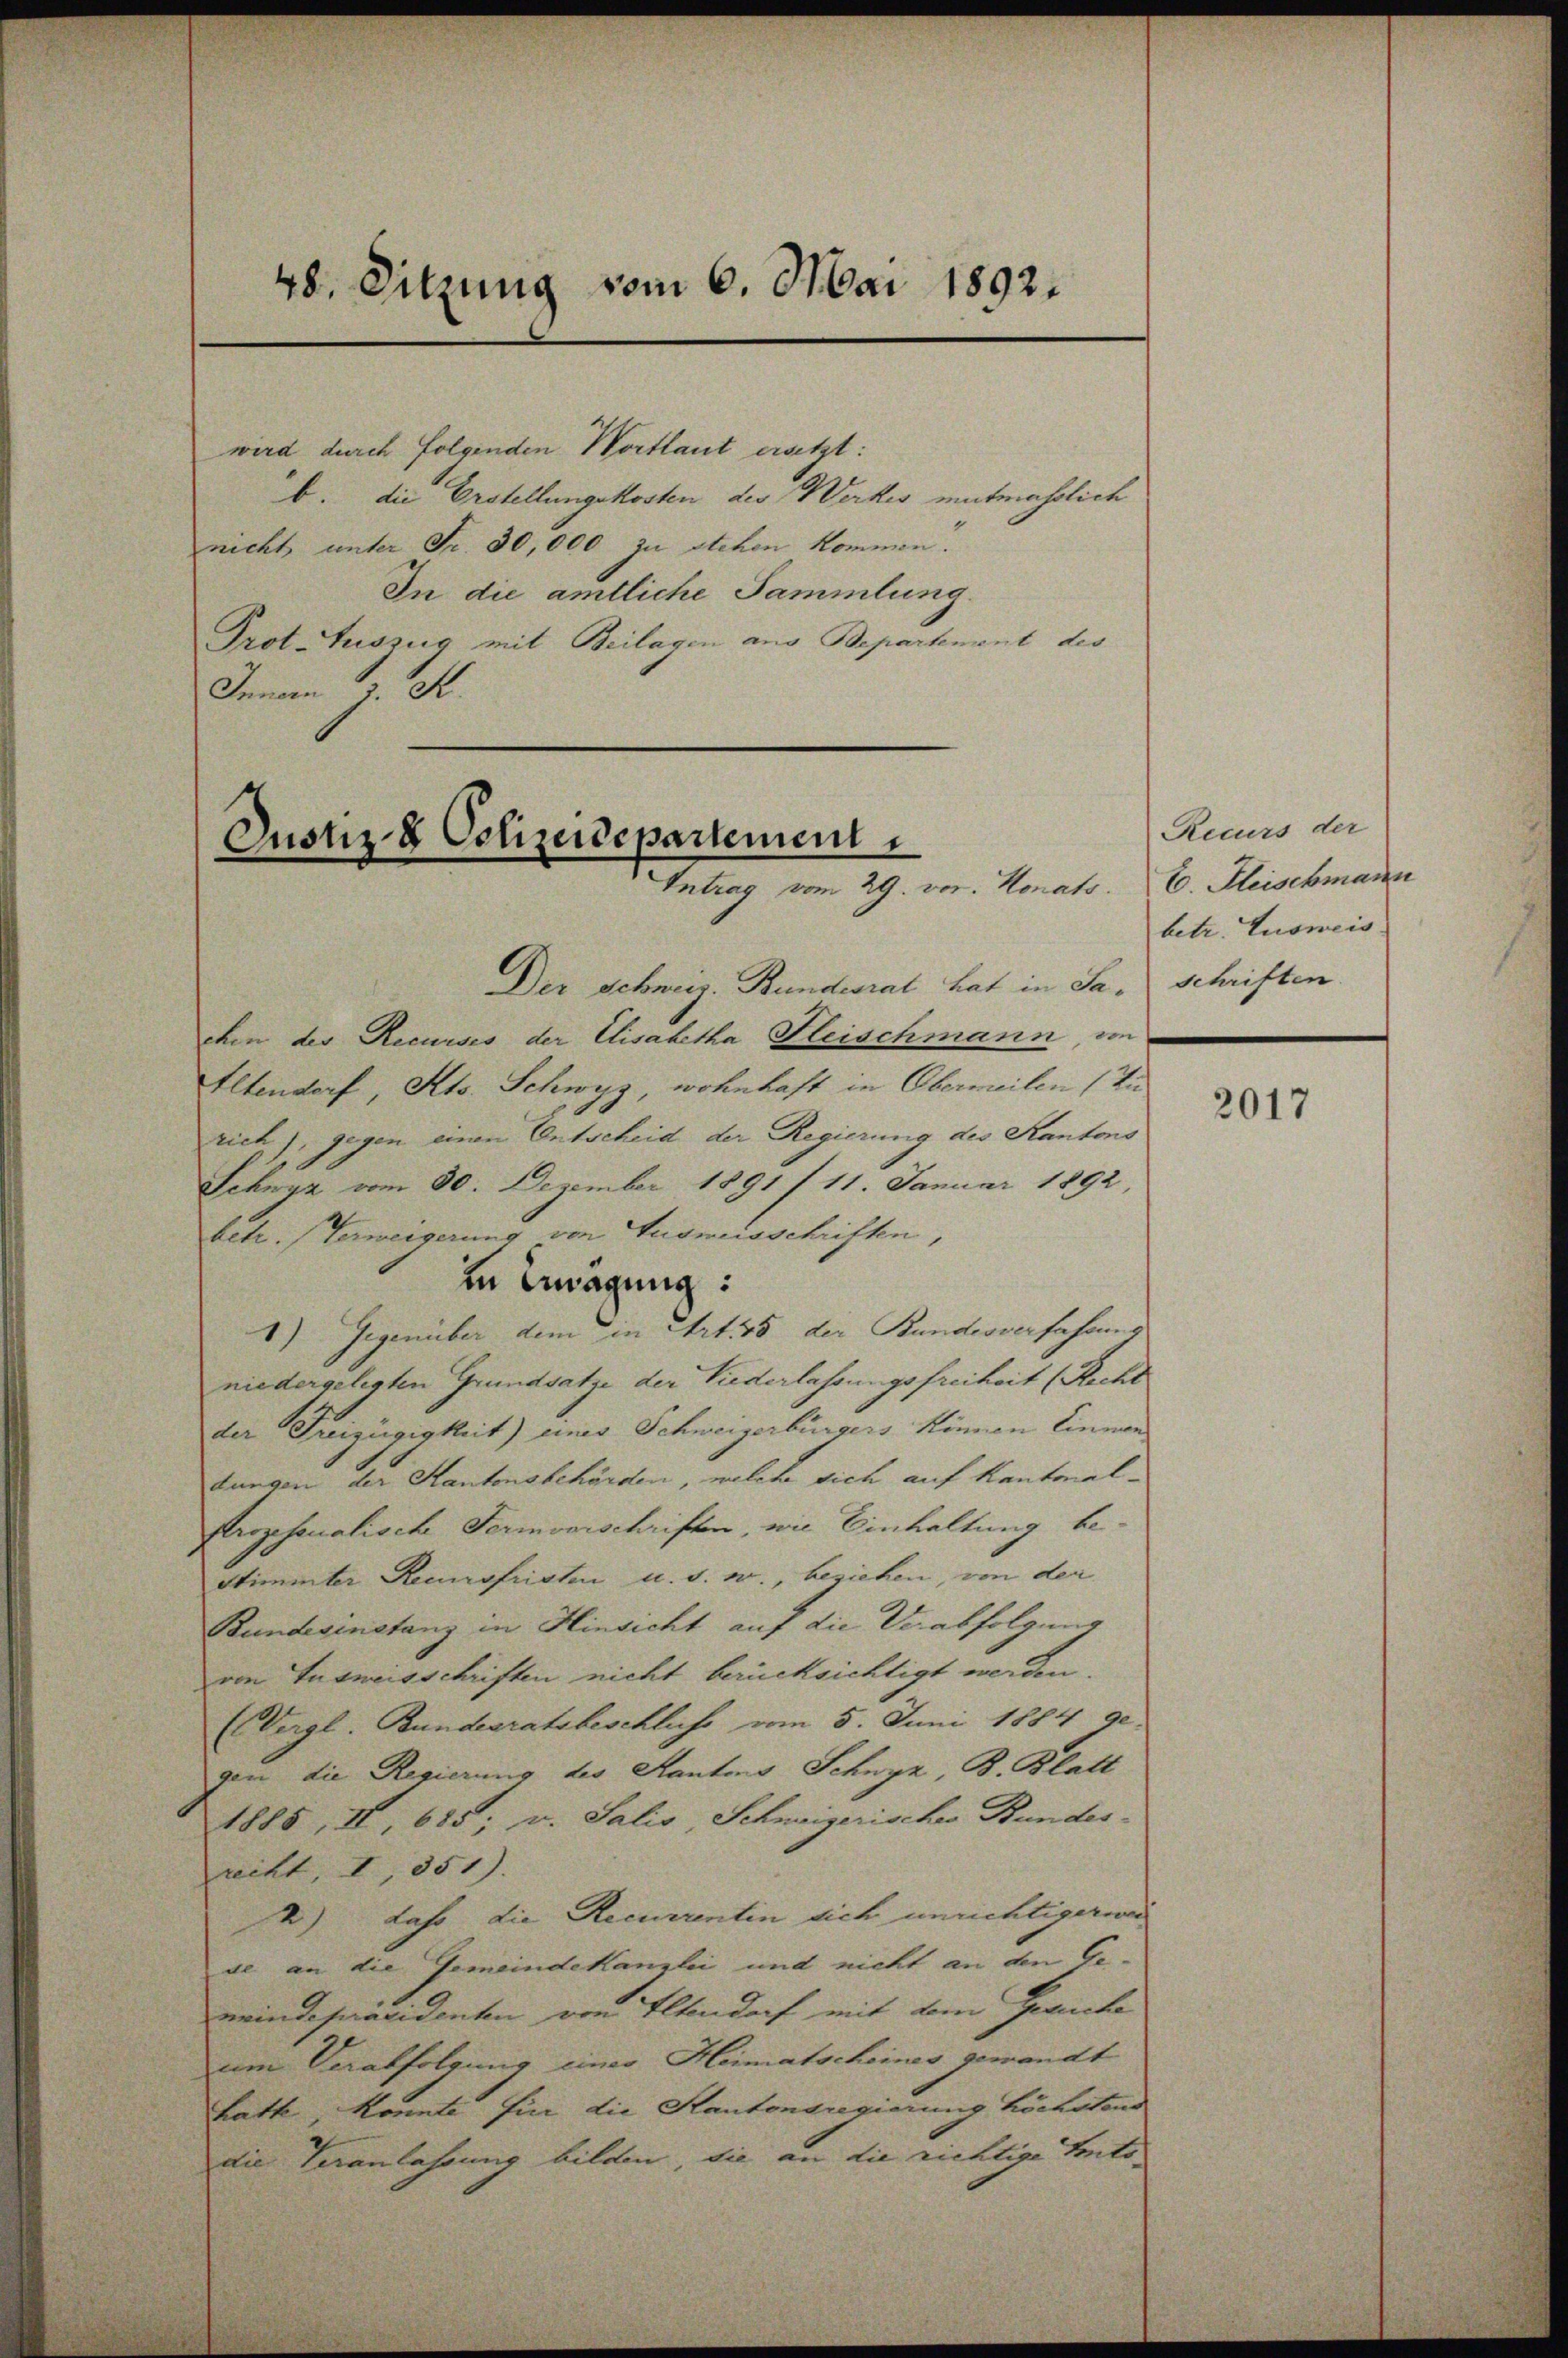
48. Sitzung vom 6. Mai 1892.

wird durch folgenden Wortlaut ersetzt:
b. die Erstellungskosten des Werkes mutmasslich
nicht unter Fr. 30,000 zu stehen kommen.
In die amtliche Sammlung.
Prot. Auszug mit Beilagen aus Departement des
Innern R.

Justiz- & Polizeidepartement
Intrag vom 29. vor. Monats.

Der Schweiz. Bundesrat hat in Sachen der Recurses der Elisabetha Fleischmann, von
Altendorf, Kts. Schwyz, wohnhaft in Obermeilen (In
rich), gegen einen Entscheid der Regierung des Kantons
Schwyz vom 30. Dezember 1891 f 11. Januar 1892,
betr. (Verweigerung von Ausweisschriften,
in magung:
1) Gegenüber dem in Art. 385 der Bundesverfahrung
niedergelegten Grundsatze der Niederlassungsfreiheit (Recht
der Freizügigkeit) eines Schweizerbürgers können Einner
dungen der Kantonsbehörden, welche sich auf Kantonal¬
Prozessualische Fermonischriften, wie Einhaltung be¬
Stimmter Recursfristen u. s. w., beziehen, von der
Bundesinstanz in Hinsicht auf die Verabfolgung
von Ausweisschriften nicht berücksichtigt werden.
(Vergl. Bundesratsbeschluss vom 5. Juni 1884 ge-
gen die Regierung des Kantons Schnyz, B. Blatt
1885, IV, 685; v. Salis Schweizerisches Bundes-
recht, I, 551).
2) daß die Recurrentin sich unrichtigerwa
de an die Gemeindekanzlei und nicht an den Gemeindepräsidenten von Eltendoch mit dem Geruche
um Verabfolgung eines Heimatscheines gewandt
Lath, konnte für die Kantonsregierung höchstand
die Veranlassung bilden, die an die richtige Tents

Recurs der
E. Fleischmann
betr. Tusmeis
schriften.

2017